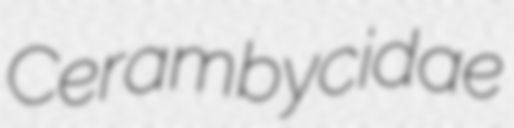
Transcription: Cerambycidae